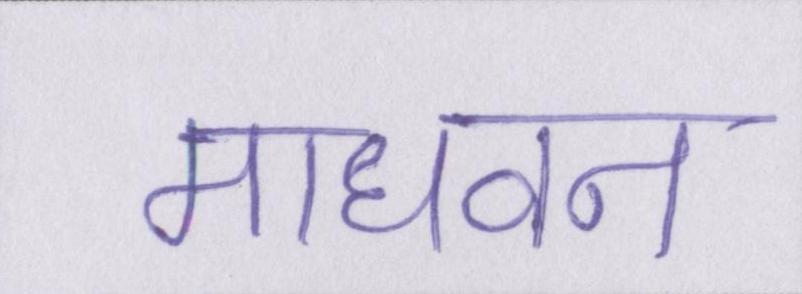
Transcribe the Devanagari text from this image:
माधवन